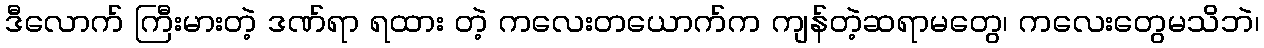
ဒီလောက် ကြီးမားတဲ့ ဒဏ်ရာ ရထား တဲ့ ကလေးတယောက်က ကျန်တဲ့ဆရာမတွေ၊ ကလေးတွေမသိဘဲ၊